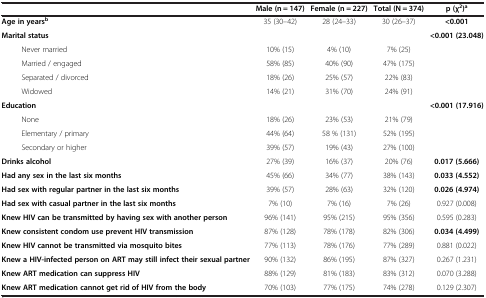
<table><thead><tr><td><b> </b></td><td><b>Male (n = 147)</b></td><td><b>Female (n = 227)</b></td><td><b>Total (N = 374)</b></td><td><b>p (χ<sup>2</sup>)<sup>a</sup></b></td></tr></thead><tbody><tr><td><b>Age in years</b><sup><b>b</b></sup></td><td>35 (30–42)</td><td>28 (24–33)</td><td>30 (26–37)</td><td><b>&lt;0.001</b></td></tr><tr><td><b>Marital status</b></td><td> </td><td> </td><td> </td><td><b>&lt;0.001 (23.048)</b></td></tr><tr><td>Never married</td><td>10% (15)</td><td>4% (10)</td><td>7% (25)</td><td> </td></tr><tr><td>Married / engaged</td><td>58% (85)</td><td>40% (90)</td><td>47% (175)</td><td> </td></tr><tr><td>Separated / divorced</td><td>18% (26)</td><td>25% (57)</td><td>22% (83)</td><td> </td></tr><tr><td>Widowed</td><td>14% (21)</td><td>31% (70)</td><td>24% (91)</td><td> </td></tr><tr><td><b>Education</b></td><td> </td><td> </td><td> </td><td><b>&lt;0.001 (17.916)</b></td></tr><tr><td>None</td><td>18% (26)</td><td>23% (53)</td><td>21% (79)</td><td> </td></tr><tr><td>Elementary / primary</td><td>44% (64)</td><td>58 % (131)</td><td>52% (195)</td><td> </td></tr><tr><td>Secondary or higher</td><td>39% (57)</td><td>19% (43)</td><td>27% (100)</td><td> </td></tr><tr><td><b>Drinks alcohol</b></td><td>27% (39)</td><td>16% (37)</td><td>20% (76)</td><td><b>0.017 (5.666)</b></td></tr><tr><td><b>Had any sex in the last six months</b></td><td>45% (66)</td><td>34% (77)</td><td>38% (143)</td><td><b>0.033 (4.552)</b></td></tr><tr><td><b>Had sex with regular partner in the last six months</b></td><td>39% (57)</td><td>28% (63)</td><td>32% (120)</td><td><b>0.026 (4.974)</b></td></tr><tr><td><b>Had sex with casual partner in the last six months</b></td><td>7% (10)</td><td>7% (16)</td><td>7% (26)</td><td>0.927 (0.008)</td></tr><tr><td><b>Knew HIV can be transmitted by having sex with another person</b></td><td>96% (141)</td><td>95% (215)</td><td>95% (356)</td><td>0.595 (0.283)</td></tr><tr><td><b>Knew consistent condom use prevent HIV transmission</b></td><td>87% (128)</td><td>78% (178)</td><td>82% (306)</td><td><b>0.034 (4.499)</b></td></tr><tr><td><b>Knew HIV cannot be transmitted via mosquito bites</b></td><td>77% (113)</td><td>78% (176)</td><td>77% (289)</td><td>0.881 (0.022)</td></tr><tr><td><b>Knew a HIV-infected person on ART may still infect their sexual partner</b></td><td>90% (132)</td><td>86% (195)</td><td>87% (327)</td><td>0.267 (1.231)</td></tr><tr><td><b>Knew ART medication can suppress HIV</b></td><td>88% (129)</td><td>81% (183)</td><td>83% (312)</td><td>0.070 (3.288)</td></tr><tr><td><b>Knew ART medication cannot get rid of HIV from the body</b></td><td>70% (103)</td><td>77% (175)</td><td>74% (278)</td><td>0.129 (2.307)</td></tr></tbody></table>